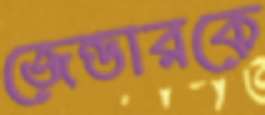
জেন্ডারকে